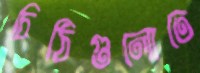
চিঠিগুলোতে